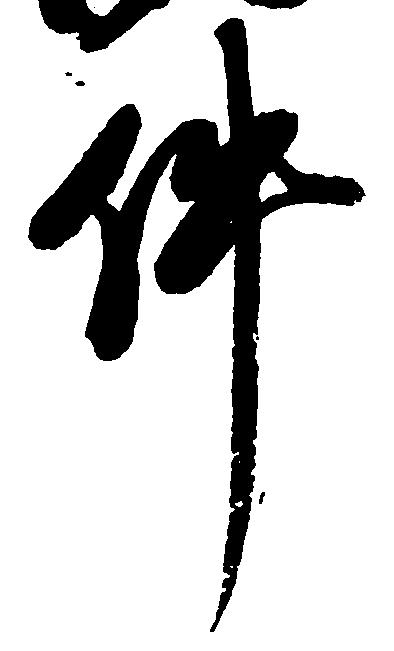
件